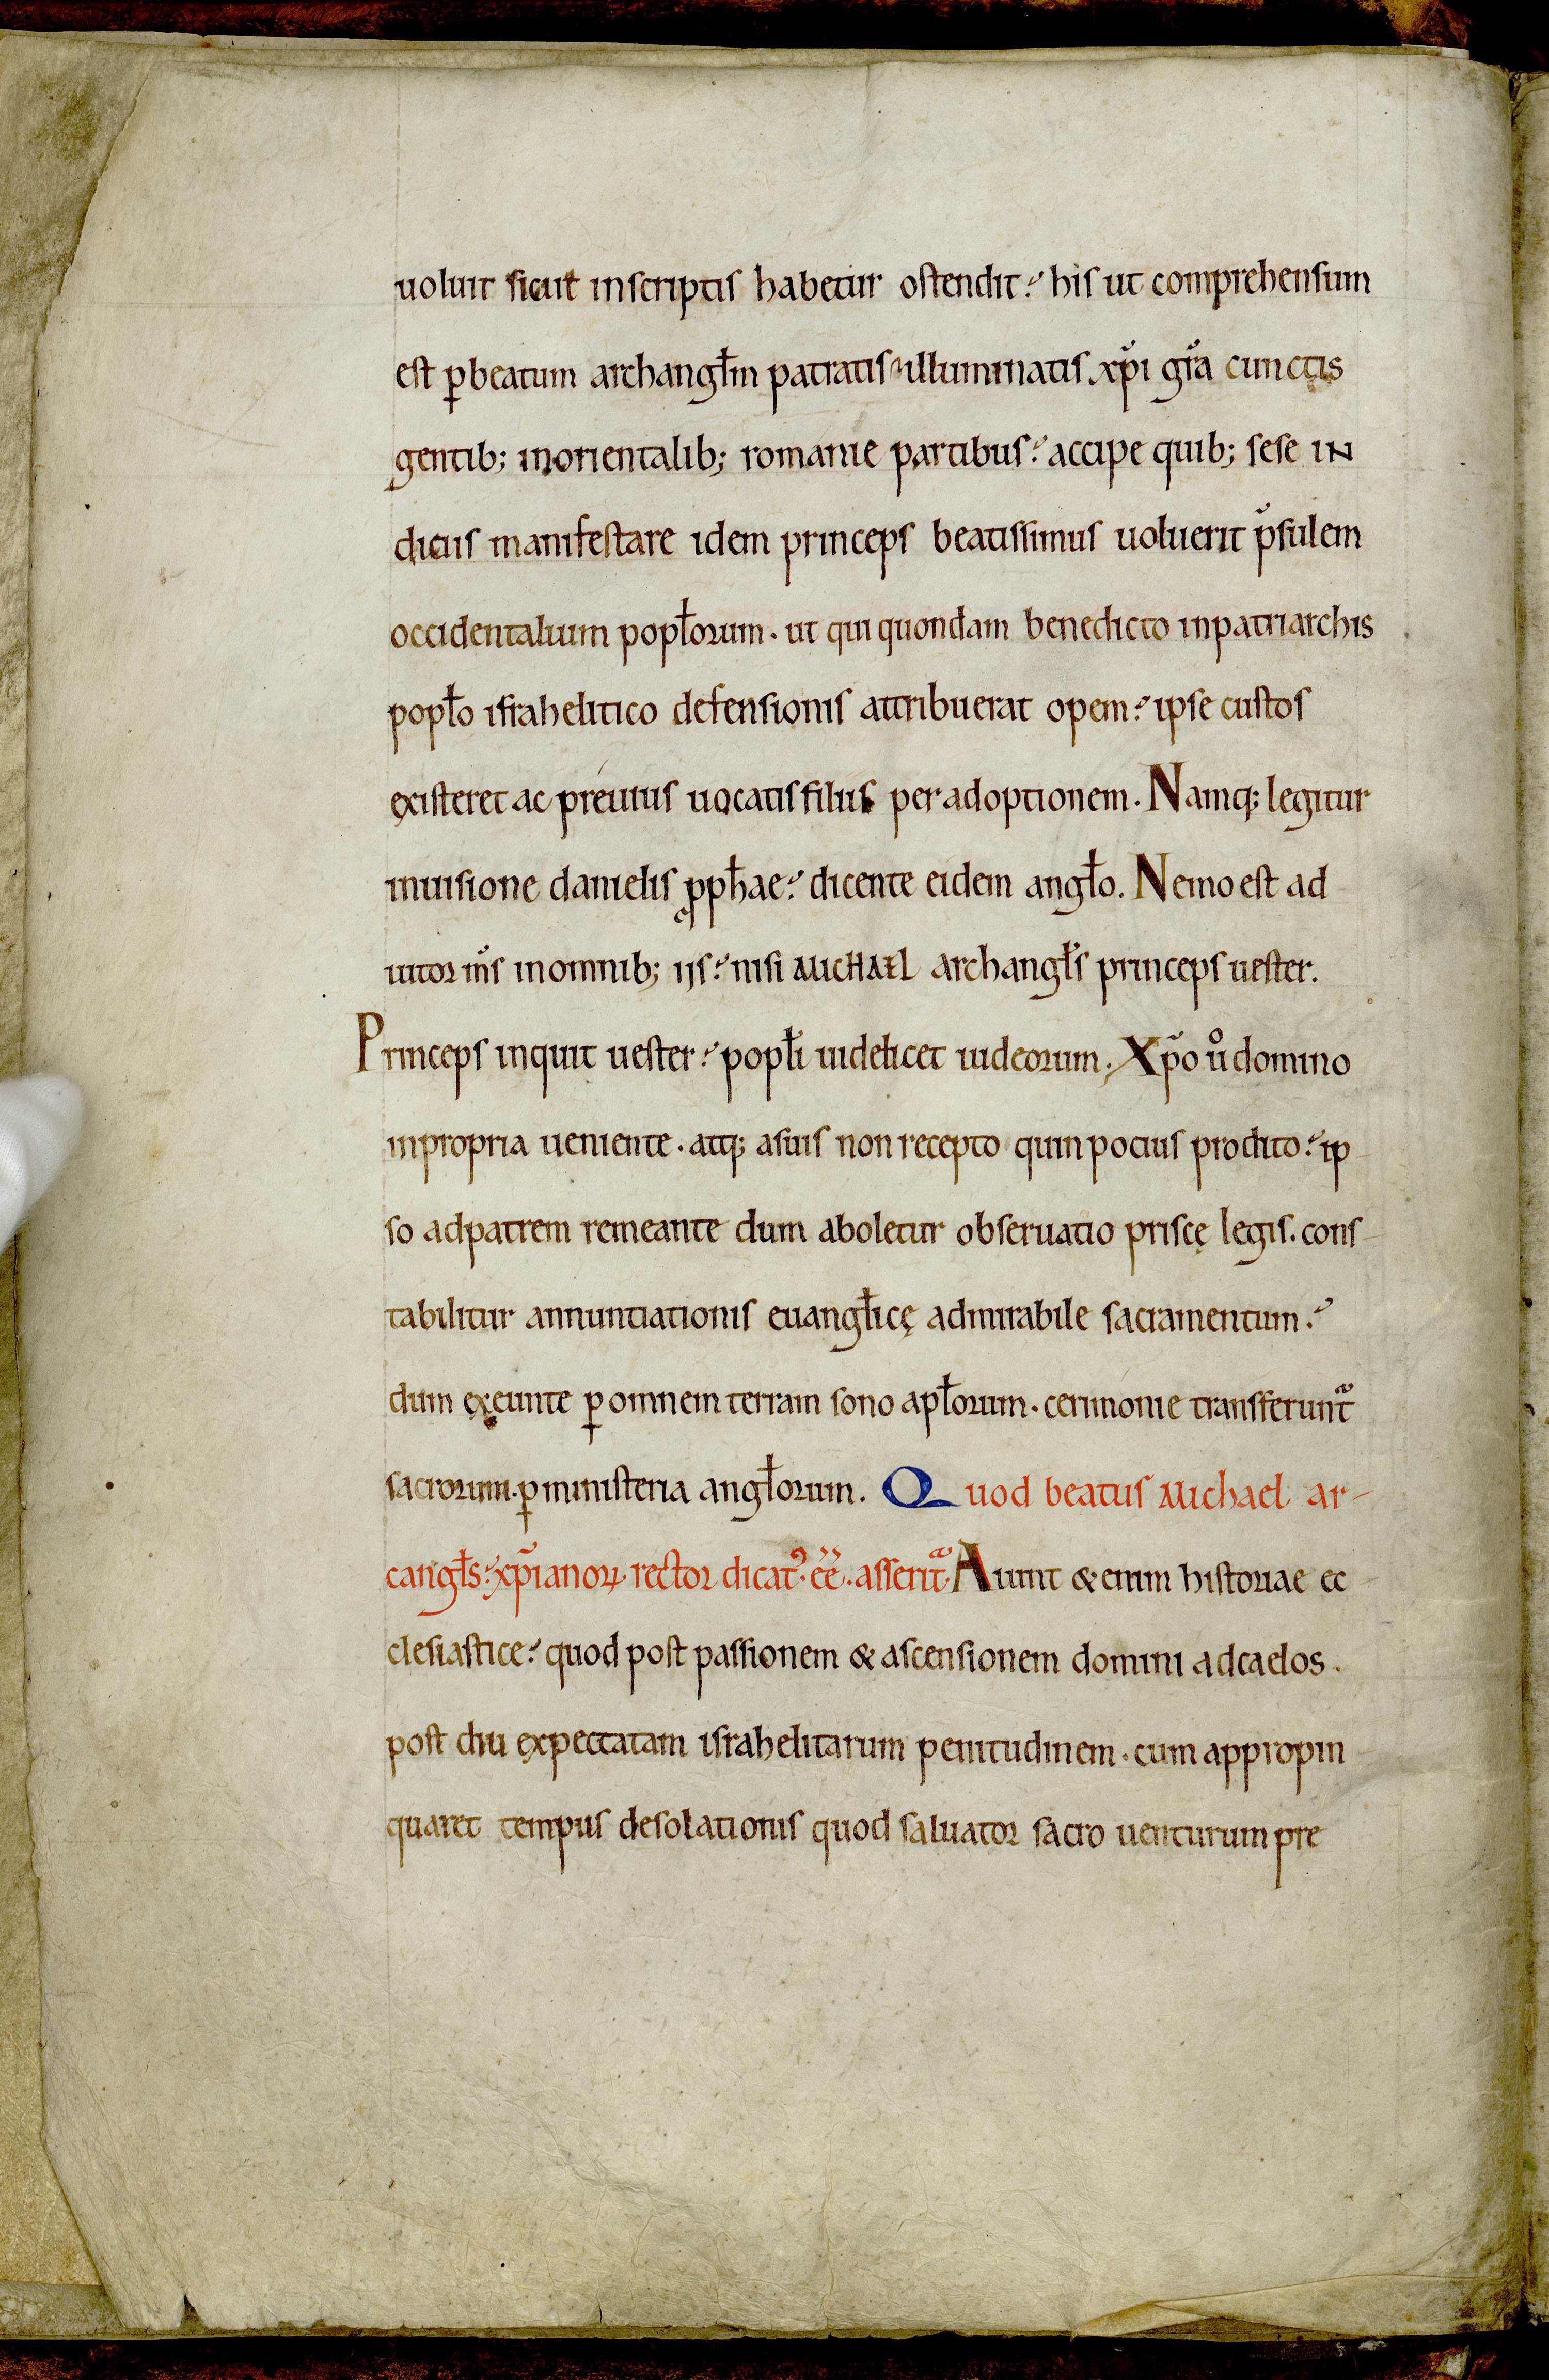
Shelfmark: Avranches, Bibliothèque municipale, 0210
Century: 12